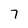
Character: 7